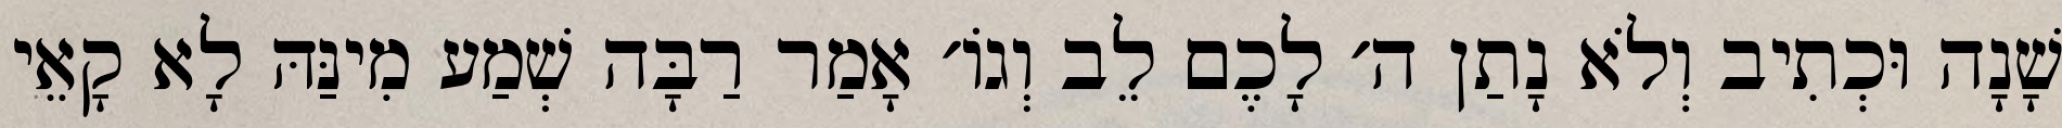
שָׁנָה וּכְתִיב וְלֹא נָתַן ה׳ לָכֶם לֵב וְגוֹ׳ אָמַר רַבָּה שְׁמַע מִינַּהּ לָא קָאֵי